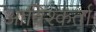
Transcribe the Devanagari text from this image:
आविश्कर्ता